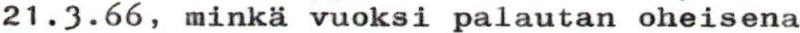
21.3.66, minkä vuoksi palautan oheisena